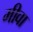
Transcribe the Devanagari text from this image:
मीवा